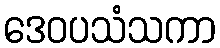
ဒေဝပသံသကာ